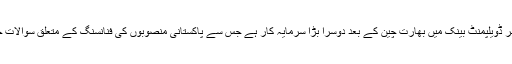
ایشین انفراسٹرکچر ڈویلپمنٹ بینک میں بھارت چین کے بعد دوسرا بڑا سرمایہ کار ہے جس سے پاکستانی منصوبوں کی فنانسنگ کے متعلق سوالات جنم لے رہے ہیں۔